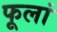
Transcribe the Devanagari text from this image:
फूलां